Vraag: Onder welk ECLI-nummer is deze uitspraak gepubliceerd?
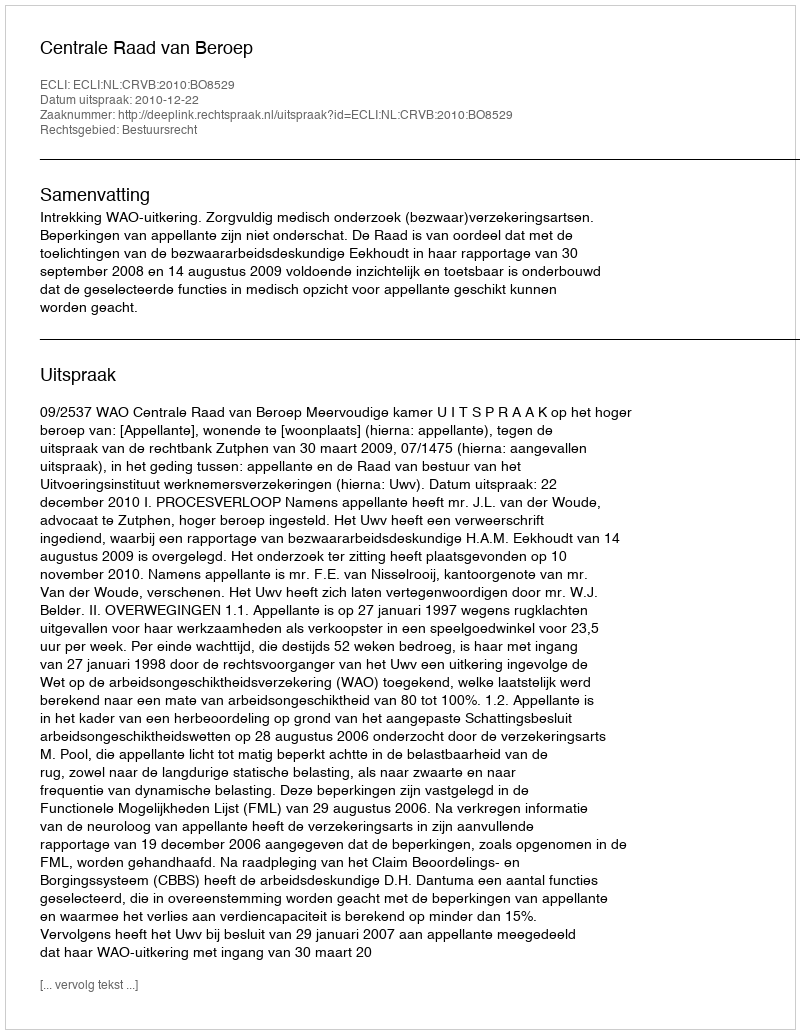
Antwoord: ECLI:NL:CRVB:2010:BO8529